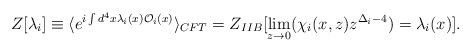
\begin{align*}Z[\lambda_i] \equiv \langle e^{i \int d^4x \lambda_i(x) {\cal O}_i(x)}\rangle_{CFT} = Z_{IIB}[\lim_{z \to 0}(\chi_i(x,z) z^{\Delta_i-4}) = \lambda_i(x)].\end{align*}